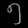
Digit: ၅